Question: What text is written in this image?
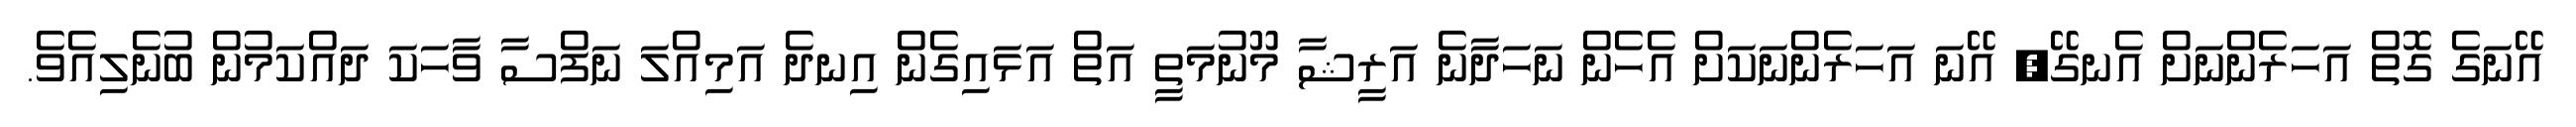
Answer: އޭނަގެ ގޮތް އަހަރެންނަށް އެނގޭ, އޭނަ އަހަރެންނަކަށް އެހެން ނަހަދާނެ އަރީޝާ މޫނުމަތީ އަތް އަޅައިގެން އިނދެ އަމިއްލަ ނަފްސާ ވާހަކަ ދައްކަމުން ބުނެލިއެވެ.